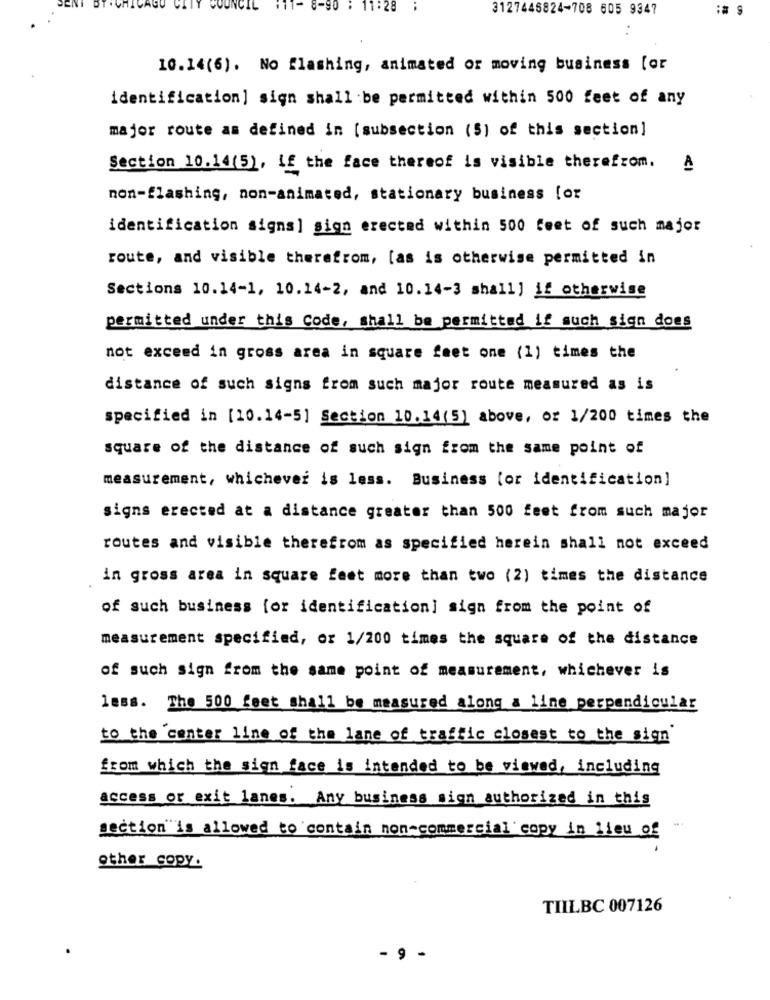
COUNCIL
90
1:28
3127446824-708 605 9347
10.14(6). No flashing, animated or moving business [or
identification] sign shall be permitted within 500 feet of any
major route as defined in [subsection (5) of this section]
Section 10.14(5), if the face thereof is visible therefrom,
A
non-flashing, non-animated, stationary business [or
identification signs] sign erected within 500 feet of such major
route, and visible therefrom, [as is otherwise permitted in
Sections 10.14-1, 10.14-2, and 10.14-3 shall) if otherwise
permitted under this Code, shall be permitted if such sign does
not exceed in gross area in square feet one (1) times the
distance of such signs from such major route measured as is
specified in [10.14-5] Section 10.14(5) above, or 1/200 times the
square of the distance of such sign from the same point of
measurement, whichever is less. Business (or identification]
signs erected at a distance greater than 500 feet from such major
routes and visible therefrom as specified herein shall not exceed
in gross area in square feet more than two (2) times the distance
of such business for identification] sign from the point of
measurement specified, or 1/200 times the square of the distance
of such sign from the same point of measurement, whichever is
less. The 500 feet shall be measured along a line perpendicular
to the center line of the lane of traffic closest to the sign
from which the sign face is intended to be viewed, including
access or exit lanes. Any business sign authorized in this
section"is allowed to contain non-commercial copy in lieu of
other copy.
TIILBC 007126
- 9 -